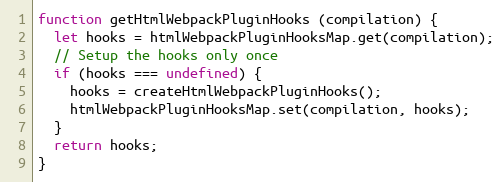
Language: JavaScript
function getHtmlWebpackPluginHooks (compilation) {
  let hooks = htmlWebpackPluginHooksMap.get(compilation);
  // Setup the hooks only once
  if (hooks === undefined) {
    hooks = createHtmlWebpackPluginHooks();
    htmlWebpackPluginHooksMap.set(compilation, hooks);
  }
  return hooks;
}